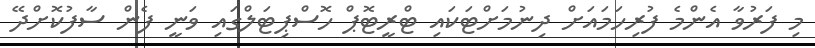
މި ފަރުވާ އެންމެ ފުރިހަމައަށް ދިނުމަށްޓަކައި ޓްރީޓޮޕް ހޮސްޕިޓަލްގައި ވަނީ ފެން ސާފުކޮށްދޭ